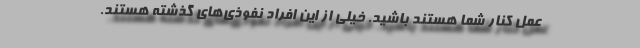
عمل کنار شما هستند باشید. خیلی از این افراد نفوذی‌های گذشته هستند.